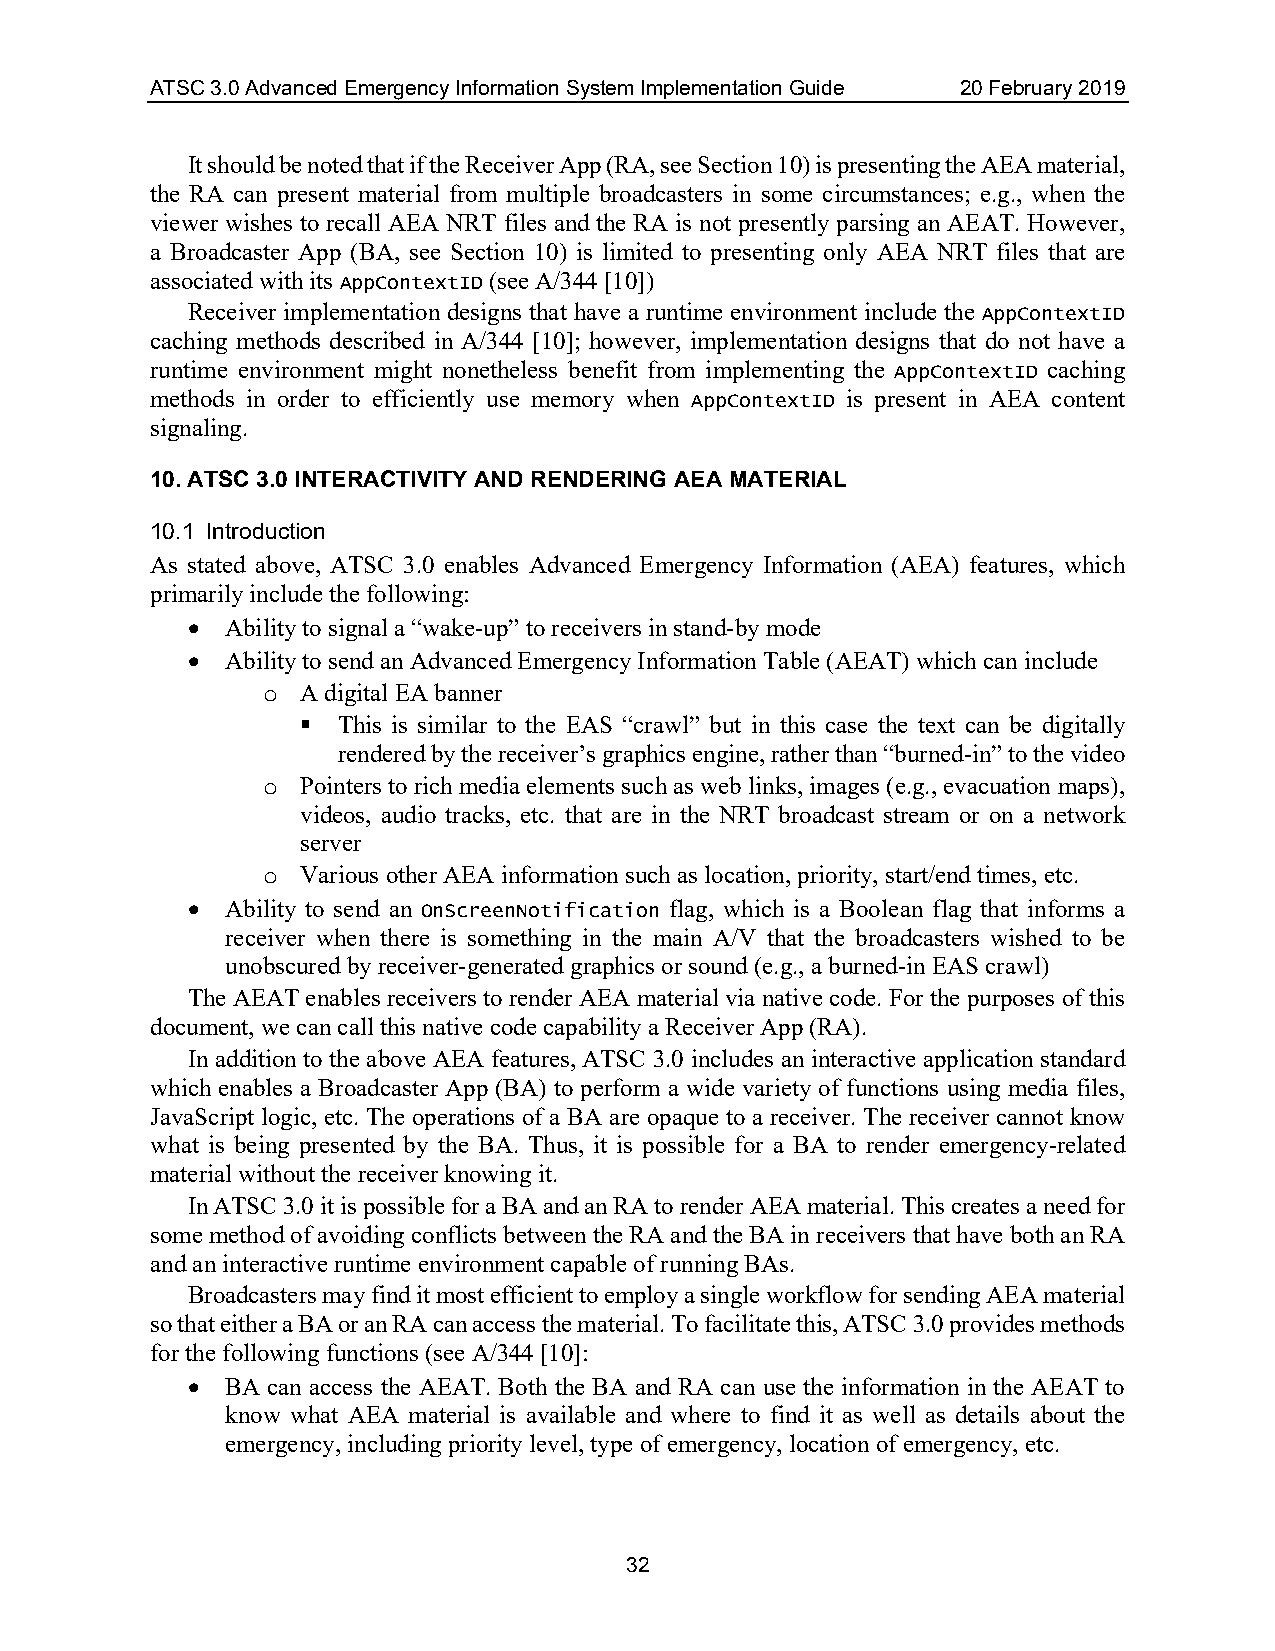
ATSC 3.0 Advanced Emergency Information System Implementation Guide 20 February 2019
 It should be noted that if the Receiver App (RA, see Section 10) is presenting the AEA material,
 the RA can present material from multiple broadcasters in some circumstances; e.g., when the
 viewer wishes to recall AEA NRT files and the RA is not presently parsing an AEAT. However,
 a Broadcaster App (BA, see Section 10) is limited to presenting only AEA NRT files that are
 associated with its AppContextID (see A/344 [10])
 Receiver implementation designs that have a runtime environment include the AppContextID
 caching methods described in A/344 [10]; however, implementation designs that do not have a
 runtime environment might nonetheless benefit from implementing the AppContextID caching
 methods in order to efficiently use memory when AppContextID is present in AEA content
 signaling.
 10. ATSC 3.0 INTERACTIVITY AND RENDERING AEA MATERIAL
 10.1 Introduction
 As stated above, ATSC 3.0 enables Advanced Emergency Information (AEA) features, which
 primarily include the following:
 •  Ability to signal a “wake-up” to receivers in stand-by mode
 •  Ability to send an Advanced Emergency Information Table (AEAT) which can include
 A digital EA banner
 o
  This is similar to the EAS “crawl” but in this case the text can be digitally
 rendered by the receiver’s graphics engine, rather than “burned-in” to the video
 Pointers to rich media elements such as web links, images (e.g., evacuation maps),
 o
 videos, audio tracks, etc. that are in the NRT broadcast stream or on a network
 server
 Various other AEA information such as location, priority, start/end times, etc.
 o
 •  Ability to send an OnScreenNotification flag, which is a Boolean flag that informs a
 receiver when there is something in the main A/V that the broadcasters wished to be
 unobscured by receiver-generated graphics or sound (e.g., a burned-in EAS crawl)
 The AEAT enables receivers to render AEA material via native code. For the purposes of this
 document, we can call this native code capability a Receiver App (RA).
 In addition to the above AEA features, ATSC 3.0 includes an interactive application standard
 which enables a Broadcaster App (BA) to perform a wide variety of functions using media files,
 JavaScript logic, etc. The operations of a BA are opaque to a receiver. The receiver cannot know
 what is being presented by the BA. Thus, it is possible for a BA to render emergency-related
 material without the receiver knowing it.
 In ATSC 3.0 it is possible for a BA and an RA to render AEA material. This creates a need for
 some method of avoiding conflicts between the RA and the BA in receivers that have both an RA
 and an interactive runtime environment capable of running BAs.
 Broadcasters may find it most efficient to employ a single workflow for sending AEA material
 so that either a BA or an RA can access the material. To facilitate this, ATSC 3.0 provides methods
 for the following functions (see A/344 [10]:
 •  BA can access the AEAT. Both the BA and RA can use the information in the AEAT to
 know what AEA material is available and where to find it as well as details about the
 emergency, including priority level, type of emergency, location of emergency, etc.
 32